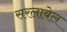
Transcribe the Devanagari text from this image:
सरलाबेल